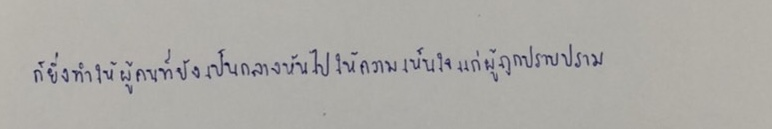
ก็ยิ่งทำให้ผู้คนที่ยังเป็นกลางหันไปให้ความเห็นใจแก่ผู้ถูกปราบปราม